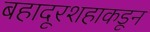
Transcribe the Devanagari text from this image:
बहादूरशहाकडून